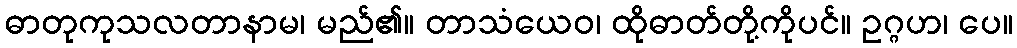
ဓာတုကုသလတာနာမ၊ မည်၏။ တာသံယေဝ၊ ထိုဓာတ်တို့ကိုပင်။ ဥဂ္ဂဟ၊ ပေ။